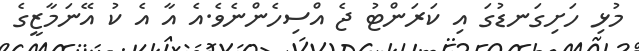
މުޅި ހަށިގަނޑުގަ އި ކަރަންޓު ޖެ އްސިހެންނެވެ.އެ އާ އެ ކު އޭނަމާޒީގެ